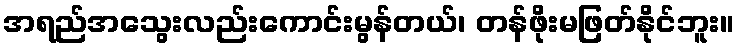
အရည်အသွေးလည်းကောင်းမွန်တယ်၊ တန်ဖိုးမဖြတ်နိုင်ဘူး။